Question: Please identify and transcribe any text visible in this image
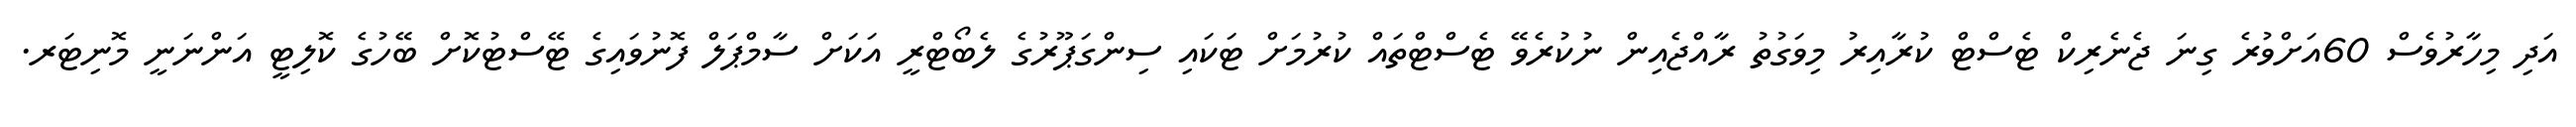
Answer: އަދި މިހާރުވެސް 60އަށްވުރެ ގިނަ ޖެނެރިކް ޓެސްޓް ކުރާއިރު މިވަގުތު ރާއްޖެއިން ނުކުރެވޭ ޓެސްޓްތައް ކުރުމަށް ޓަކައި ސިންގަޕޫރުގެ ލެބޯޓްރީ އަކަށް ސާމްޕަލް ފޮނުވައިގެ ޓޭސްޓުކޮށް ބޭހުގެ ކޮލިޓީ އަންނަނީ މޮނިޓަރ.